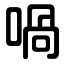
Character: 喎